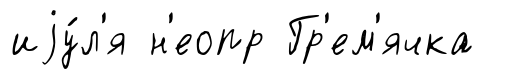
иjу́л'я н'еопр Гр'ем'ячка